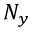
N _ { y }